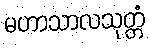
မဟာသာလသုတ္တံ